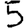
Digit: 5